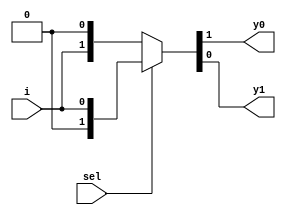
`timescale 1ns / 1ps

module demux_1_2(
    input sel,
    input i,
    output y0, y1
    );    
    assign {y0,y1} = sel?{1'b0,i}: {i,1'b0};
endmodule

module demux_nand(
    input a, b,
    output nand_g
    );
    wire w0, w1, w2;
    
    demux_1_2 nandgate(b, a, w0, w1);
    demux_1_2 not_t(w1, 1'b1, nand_g, w2);
endmodule